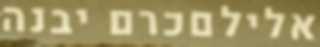
אלילםכרם יבנה